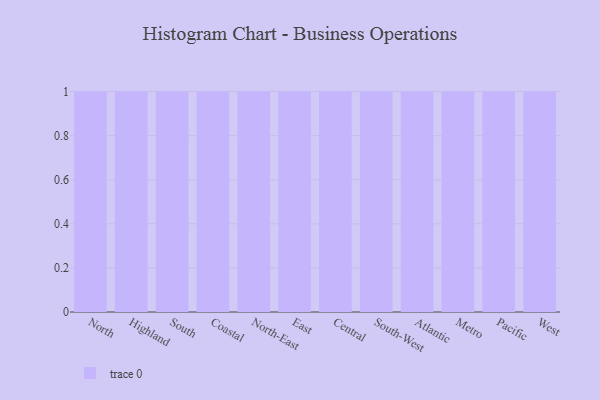
{"axis": {"x": "Region", "y": "Latency (ms)"}, "legend": [""], "data": [{"x": "North", "y": 23, "type": ""}, {"x": "Highland", "y": 48, "type": ""}, {"x": "South", "y": 98, "type": ""}, {"x": "Coastal", "y": 4, "type": ""}, {"x": "North-East", "y": 40, "type": ""}, {"x": "East", "y": 1, "type": ""}, {"x": "Central", "y": 79, "type": ""}, {"x": "South-West", "y": 95, "type": ""}, {"x": "Atlantic", "y": 78, "type": ""}, {"x": "Metro", "y": 53, "type": ""}, {"x": "Pacific", "y": 20, "type": ""}, {"x": "West", "y": 39, "type": ""}]}